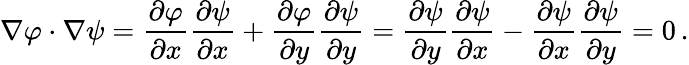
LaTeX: \nabla\varphi\cdot\nabla\psi={\frac{\partial\varphi}{\partial x}}{\frac{\partial\psi}{\partial x}}+{\frac{\partial\varphi}{\partial y}}{\frac{\partial\psi}{\partial y}}={\frac{\partial\psi}{\partial y}}{\frac{\partial\psi}{\partial x}}-{\frac{\partial\psi}{\partial x}}{\frac{\partial\psi}{\partial y}}=0\, .